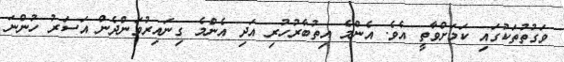
ވަގުތުތަކުގައި ކަމަށްވާތީ އެވެ. އެންމެ އިތުބާރުހުރި އަދި އެންމެ ގިނައިރުވަންދެން އަސަރު ހުންނަ